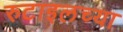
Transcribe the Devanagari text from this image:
रुटाइलच्या